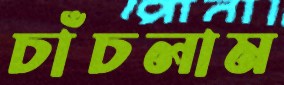
চাঁচলাম